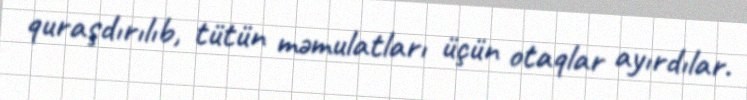
quraşdırılıb, tütün məmulatları üçün otaqlar ayırdılar.